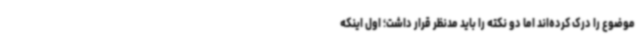
موضوع را درک کرده‌اند اما دو نکته را باید مدنظر قرار داشت؛ اول اینکه